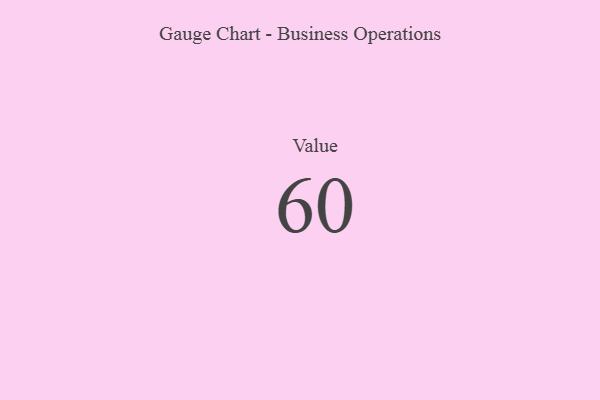
{"axis": {"x": "Metric", "y": "Value"}, "legend": [""], "data": [{"x": "Value", "y": 60, "type": ""}]}